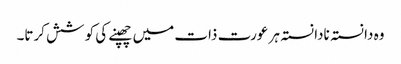
وہ دا نستہ نادا نستہ ہر عورت ذات میں چھپنے کی کو شش کرتا۔